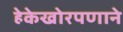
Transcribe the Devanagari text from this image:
हेकेखोरपणाने